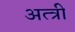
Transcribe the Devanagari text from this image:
अत्त्री